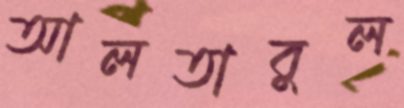
আলতাবুল